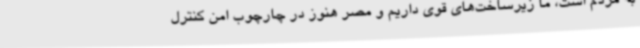
به مردم است، ما زیرساخت‌های قوی داریم و مصر هنوز در چارچوب امن کنترل